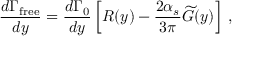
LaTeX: { \frac { d \Gamma _ { \mathrm { f r e e } } } { d y } } = { \frac { d \Gamma _ { 0 } } { d y } } \left[ R ( y ) - { \frac { 2 \alpha _ { s } } { 3 \pi } } \widetilde G ( y ) \right] \, ,